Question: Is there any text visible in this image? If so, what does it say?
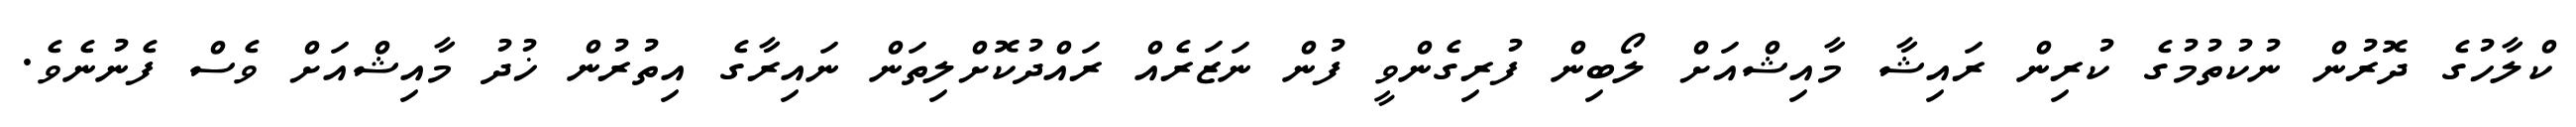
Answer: ކްލާހުގެ ދޮރުން ނުކުތުމުގެ ކުރިން ރައިޝާ މާއިޝްއަށް ލޯބިން ފުރިގެންވީ ފުން ނަޒަރެއް ރައްދުކޮށްލިތަން ނައިރާގެ އިތުރުން ޚުދު މާއިޝްއަށް ވެސް ފެނުނެވެ.